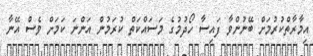
އިމާރާތްކުރުމަށް ބޭނުންވާ ފައިސާ ހޯދުމުގެ މަސައްކަތް ކުރަމުން އަންނަ ކަމަށް ވެސް އޭނާ